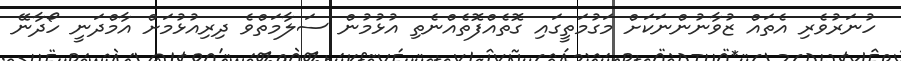
ހުނަރުވެރި އެތައް ޒުވާނުންނަކަށް މަގުމަތީގައި ގޮތެއްފޮތެއްނެތި އުޅުމުން ސަލާމަތްވެ ދިރިއުޅުމަށް އާމްދަނީ ހޯދާނޭ